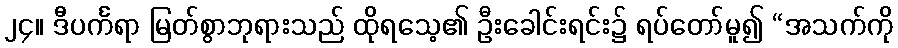
၂၄။ ဒီပင်္ကရာ မြတ်စွာဘုရားသည် ထိုရသေ့၏ ဦးခေါင်းရင်း၌ ရပ်တော်မူ၍ “အသက်ကို